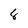
Character: 8